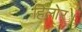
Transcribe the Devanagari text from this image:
हिलोर।